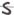
Text: S